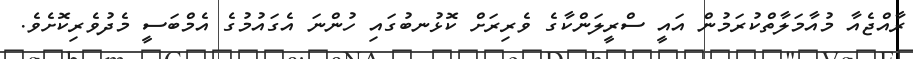
ރާއްޖެއާ މުއާމަލާތްކުރަމުން އައީ ސްރީލަންކާގެ ވެރިރަށް ކޮޅުނބުގައި ހުންނަ އެގައުމުގެ އެމްބަސީ މެދުވެރިކޮށެވެ.